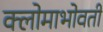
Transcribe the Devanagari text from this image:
क्लोमाभोवती